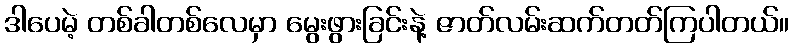
ဒါပေမဲ့ တစ်ခါတစ်လေမှာ မွေးဖွားခြင်းနဲ့ ဇာတ်လမ်းဆက်တတ်ကြပါတယ်။